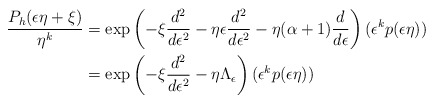
\begin{align*}\frac{P_h(\epsilon\eta+\xi)}{\eta^k}&= \exp\left(-\xi\frac{d^2}{d\epsilon^2} - \eta\epsilon\frac{d^2}{d\epsilon^2} - \eta(\alpha + 1)\frac{d}{d\epsilon}\right)(\epsilon^kp(\epsilon\eta)) \\&= \exp\left(-\xi\frac{d^2}{d\epsilon^2} - \eta\Lambda_\epsilon\right)(\epsilon^kp(\epsilon\eta))\end{align*}